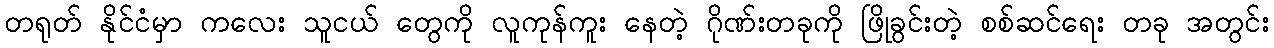
တရုတ် နိုင်ငံမှာ ကလေး သူငယ် တွေကို လူကုန်ကူး နေတဲ့ ဂိုဏ်းတခုကို ဖြိုခွင်းတဲ့ စစ်ဆင်ရေး တခု အတွင်း